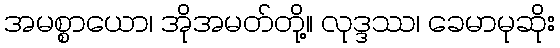
အမစ္စာယော၊ အိုအမတ်တို့။ လုဒ္ဒဿ၊ ခေမာမုဆိုး